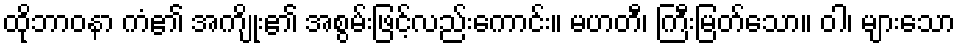
ထိုဘာဝနာ ကံ၏ အကျိုး၏ အစွမ်းဖြင့်လည်းကောင်း။ မဟတီ၊ ကြီးမြတ်သော။ ဝါ၊ များသော